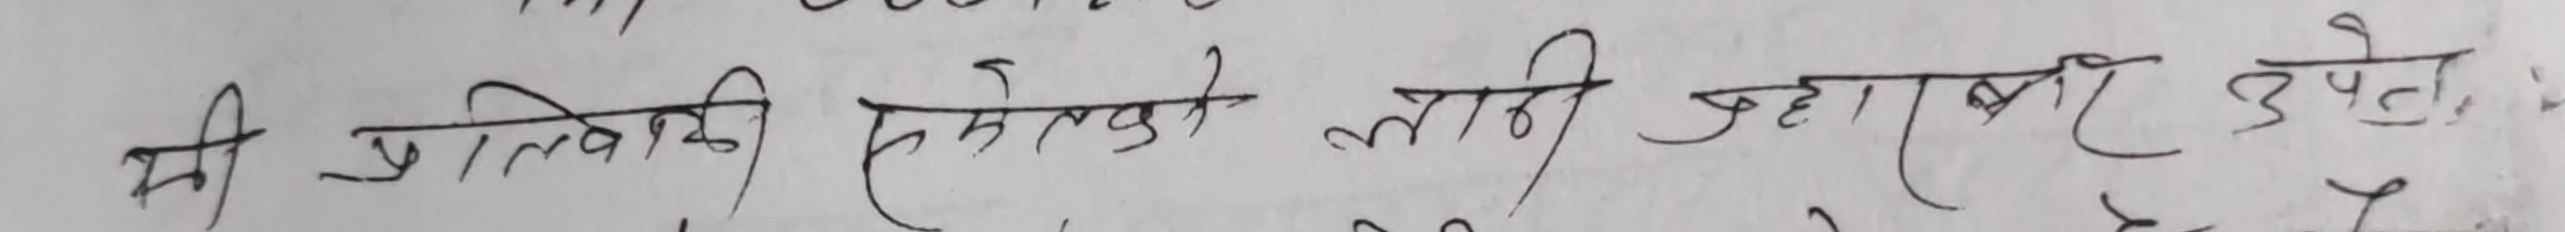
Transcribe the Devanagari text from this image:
म प्रालिकि हेमेलको लागि जहाँ बढी उपते